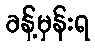
ခန့်မှန်းရ